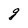
Character: g